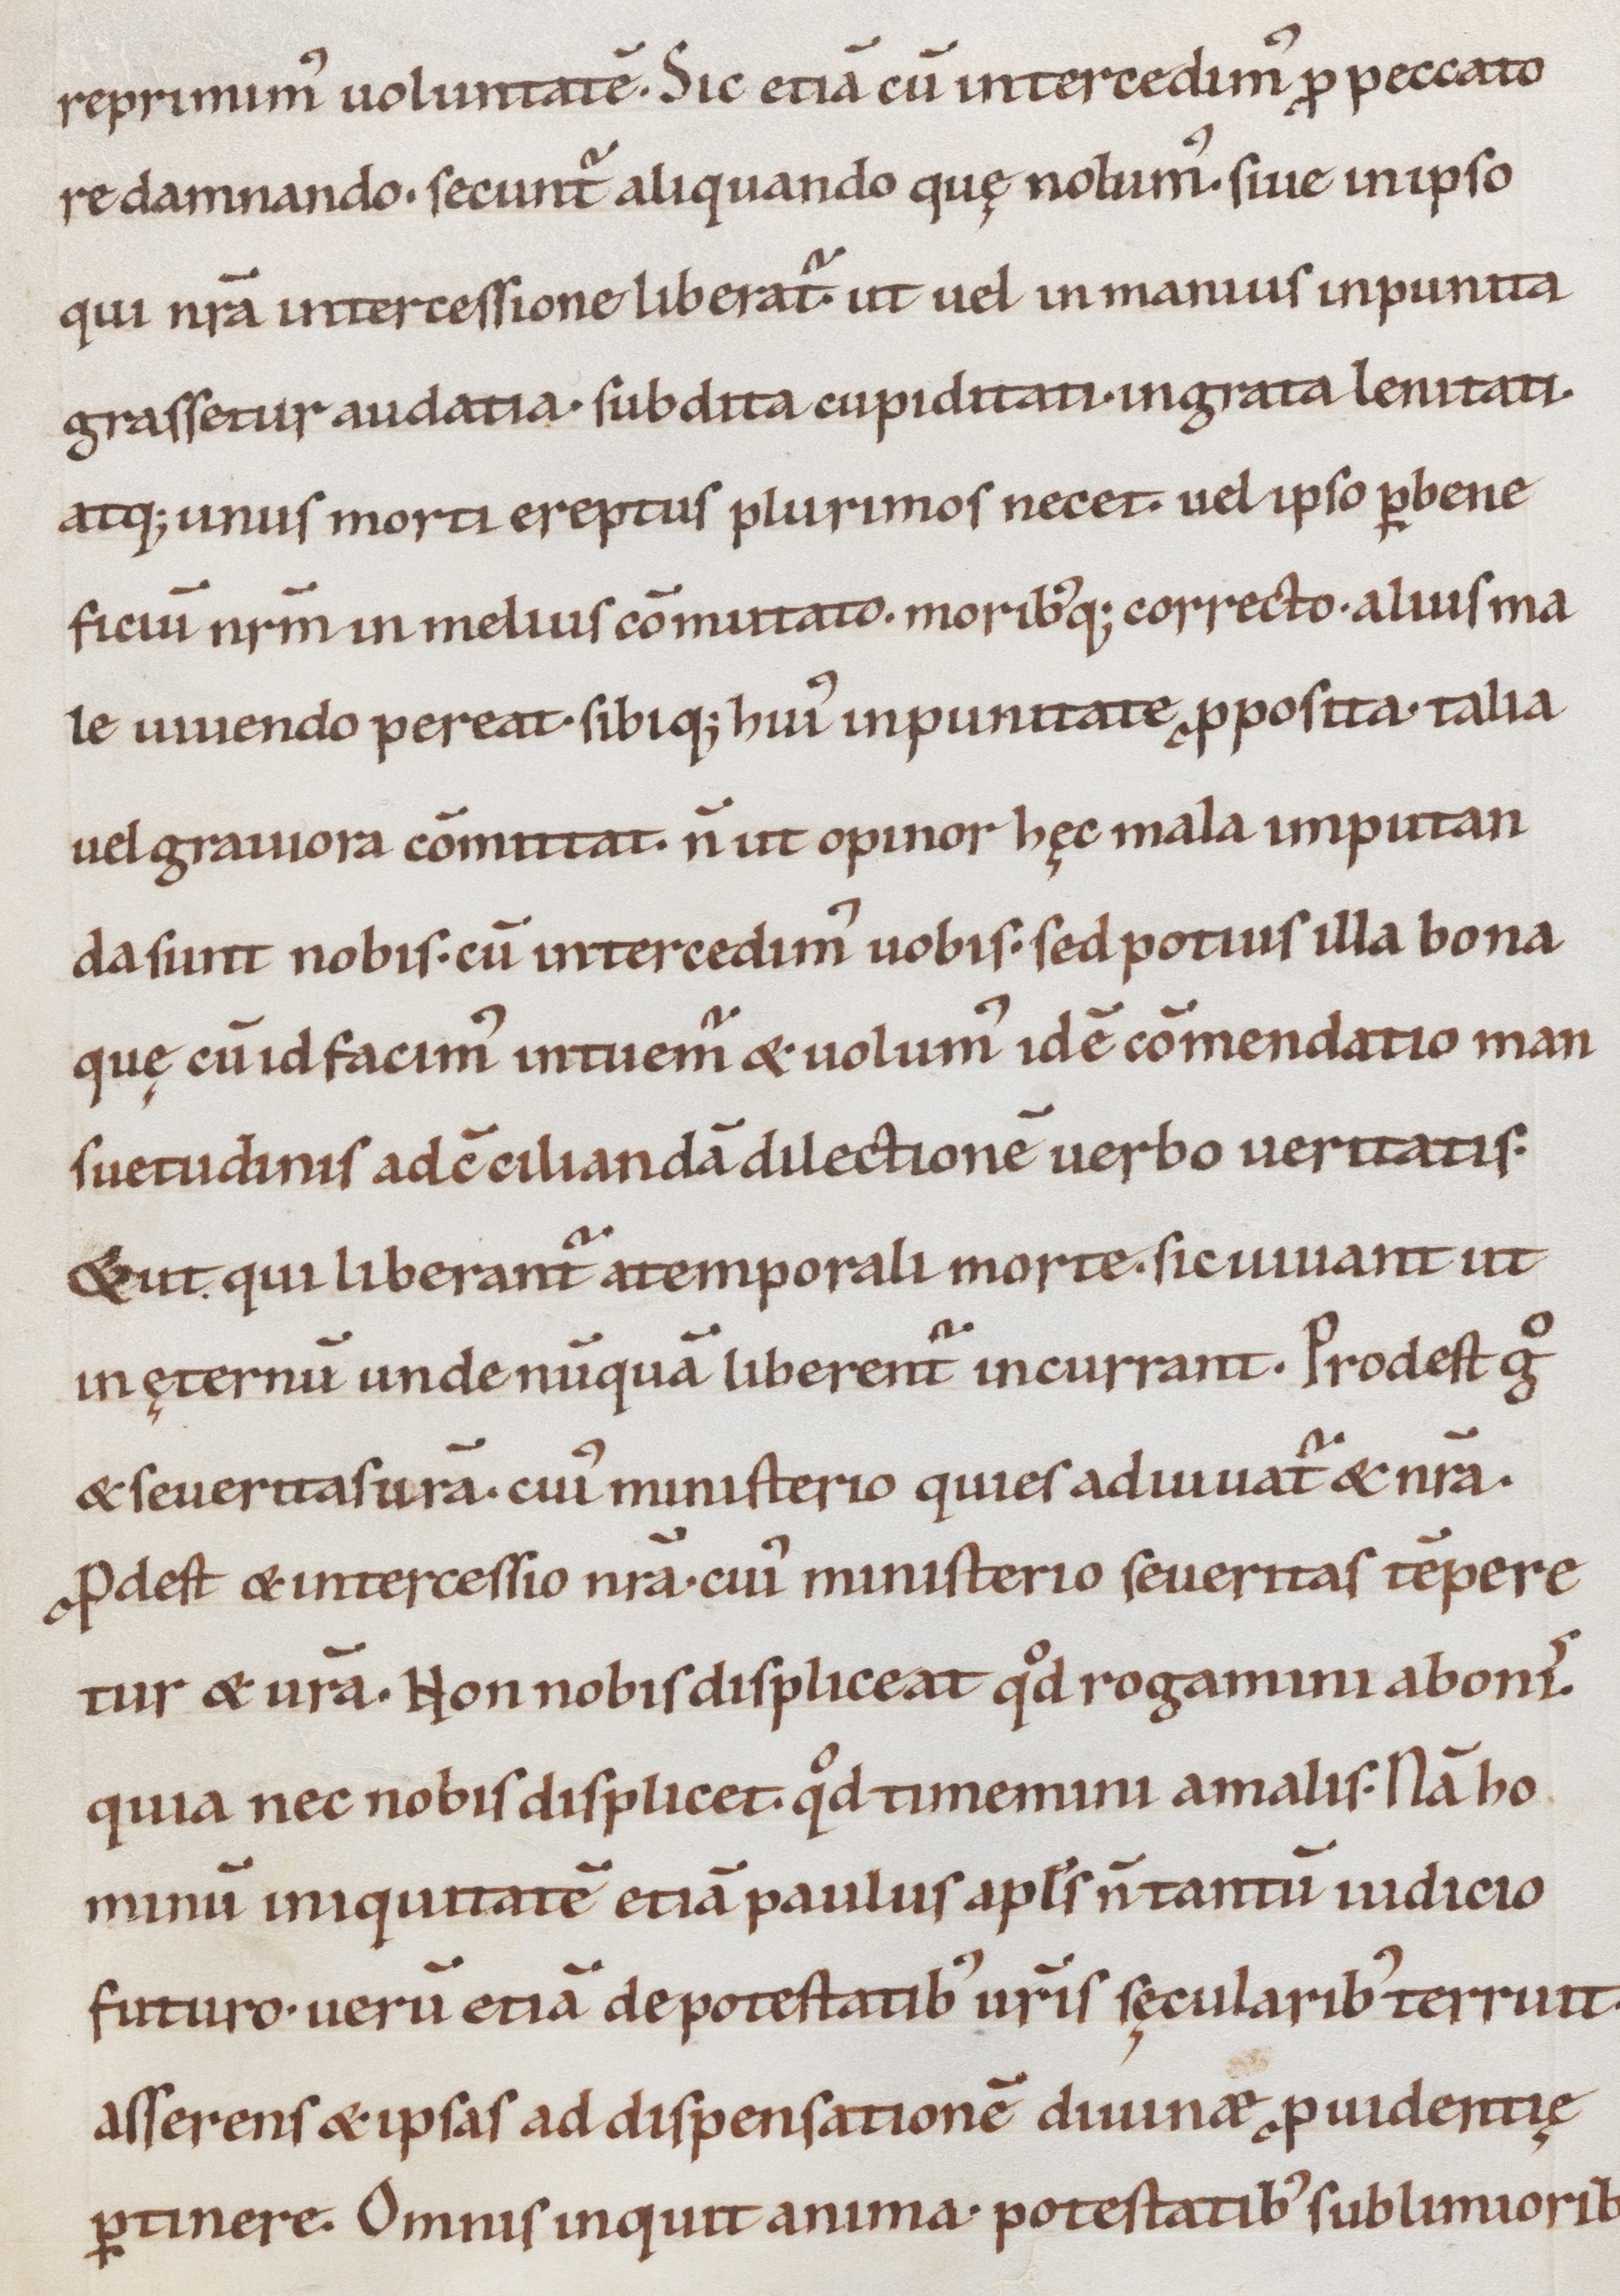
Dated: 1000–1099